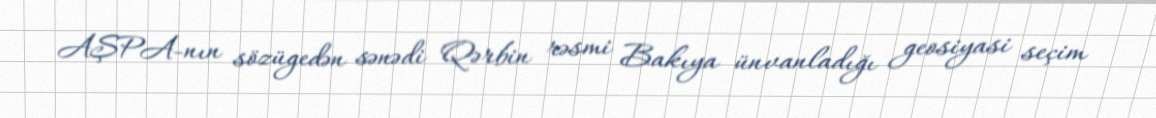
AŞPA-nın sözügedən sənədi Qərbin rəsmi Bakıya ünvanladığı geosiyasi seçim